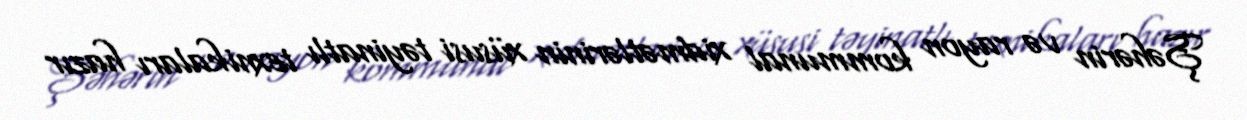
Şəhərin və rayon kommunal xidmətlərinin xüsusi təyinatlı texnikaları hazır